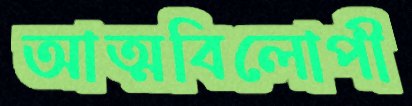
আত্মবিলোপী